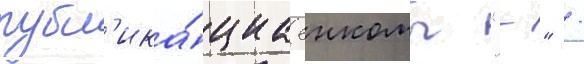
публ'ика́циа енкомы "-" /